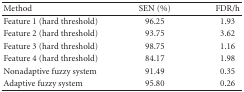
| Method | SEN (%) | FDR/h |
 | --- | --- | --- |
 | Feature 1 (hard threshold) | 96.25 | 1.93 |
 | Feature 2 (hard threshold) | 93.75 | 3.62 |
 | Feature 3 (hard threshold) | 98.75 | 1.16 |
 | Feature 4 (hard threshold) | 84.17 | 1.98 |
 | Nonadaptive fuzzy system | 91.49 | 0.35 |
 | Adaptive fuzzy system | 95.80 | 0.26 |